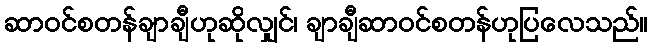
ဆာဝင်စတန်ချာချီဟုဆိုလျှင်၊ ချာချီဆာဝင်စတန်ဟုပြလေသည်။